Annual administration report of the Civil Veterinary Department of India - 1894-1895
Year: 1894
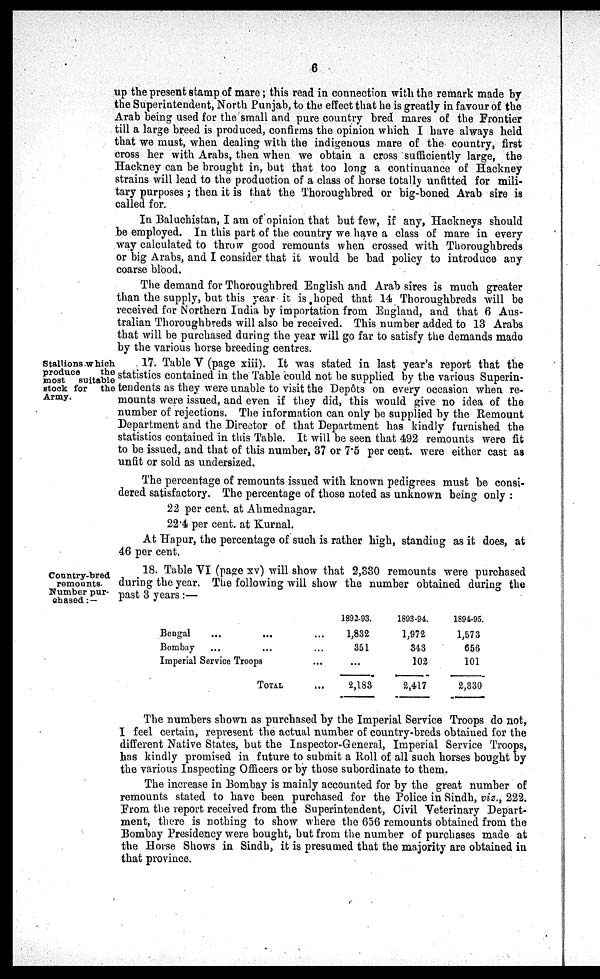
6
up the present stamp of mare; this read in connection with the remark made by
the Superintendent, North Punjab, to the effect that he is greatly in favour of the
Arab being used for the small and pure country bred mares of the Frontier
till a large breed is produced, confirms the opinion which I have always held
that we must, when dealing with the indigenous mare of the country, first
cross her with Arabs, then when we obtain a cross sufficiently large, the
Hackney can be brought in, but that too long a continuance of Hackney
strains will lead to the production of a class of horse totally unfitted for mili-
tary purposes; then it is that the Thoroughbred or big-boned Arab sire is
called for.
In Baluchistan, I am of opinion that but few, if any, Hackneys should
be employed. In this part of the country we have a class of mare in every
way calculated to throw good remounts when crossed with Thoroughbreds
or big Arabs, and I consider that it would be bad policy to introduce any
coarse blood.
The demand for Thoroughbred English and Arab sires is much greater
than the supply, but this year it is hoped that 14 Thoroughbreds will be
received for Northern India by importation from England, and that 6 Aus-
tralian Thoroughbreds will also be received. This number added to 13 Arabs
that will be purchased during the year will go far to satisfy the demands made
by the various horse breeding centres.
Stallions which
produce
the
most
suitable
stock for
the
Army.
17. Table V (page xiii). It was stated in last year's report that the
statistics contained in the Table could not be supplied by the various Superin-
tendents as they were unable to visit the Dep6ts on every occasion when re-
mounts were issued, and even if they did, this would give no idea of the
number of rejections. The information can only be supplied by the Remount
Department and the Director of that Department has kindly furnished the
statistics contained in this Table. It will be seen that 492 remounts were fit
to be issued, and that of this number, 37 or 7.5 per cent. were either cast as
unfit or sold as undersized.
The percentage of remounts issued with known pedigrees must be consi-
dered satisfactory. The percentage of those noted as unknown being only:
22 per cent. at Ahmednagar.
22.4 per cent. at Kurnal.
At Hapur, the percentage of such is rather high, standing as it does, at
46 per cent.
Country-bred
remounts.
Number pur-
chased:—
18. Table VI (page xv) will show that 2,330 remounts were purchased
during the year. The following will show the number obtained during the
past 3 years:—
Bengal
Bombay
...
...
...
...
Imperial Service Troops
TOTAL
...
...
...
...
1892-93.
1,832
351
...
2,183
1893-94.
1,972
343
102
2,417
1894-95.
1,573
656
101
2,330
The numbers shown as purchased by the Imperial Service Troops do not,
I feel certain, represent the actual number of country-breds obtained for the
different Native States, but the Inspector-General, Imperial Service Troops,
has kindly promised in future to submit a Roll of all such horses bought by
the various Inspecting Officers or by those subordinate to them.
The increase in Bombay is mainly accounted for by the great number of
remounts stated to have been purchased for the Police in Sindh, viz., 222.
From the report received from the Superintendent, Civil Veterinary Depart-
ment, there is nothing to show where the 656 remounts obtained from the
Bombay Presidency were bought, but from the number of purchases made at
the Horse Shows in Sindh, it is presumed that the majority are obtained in
that province.